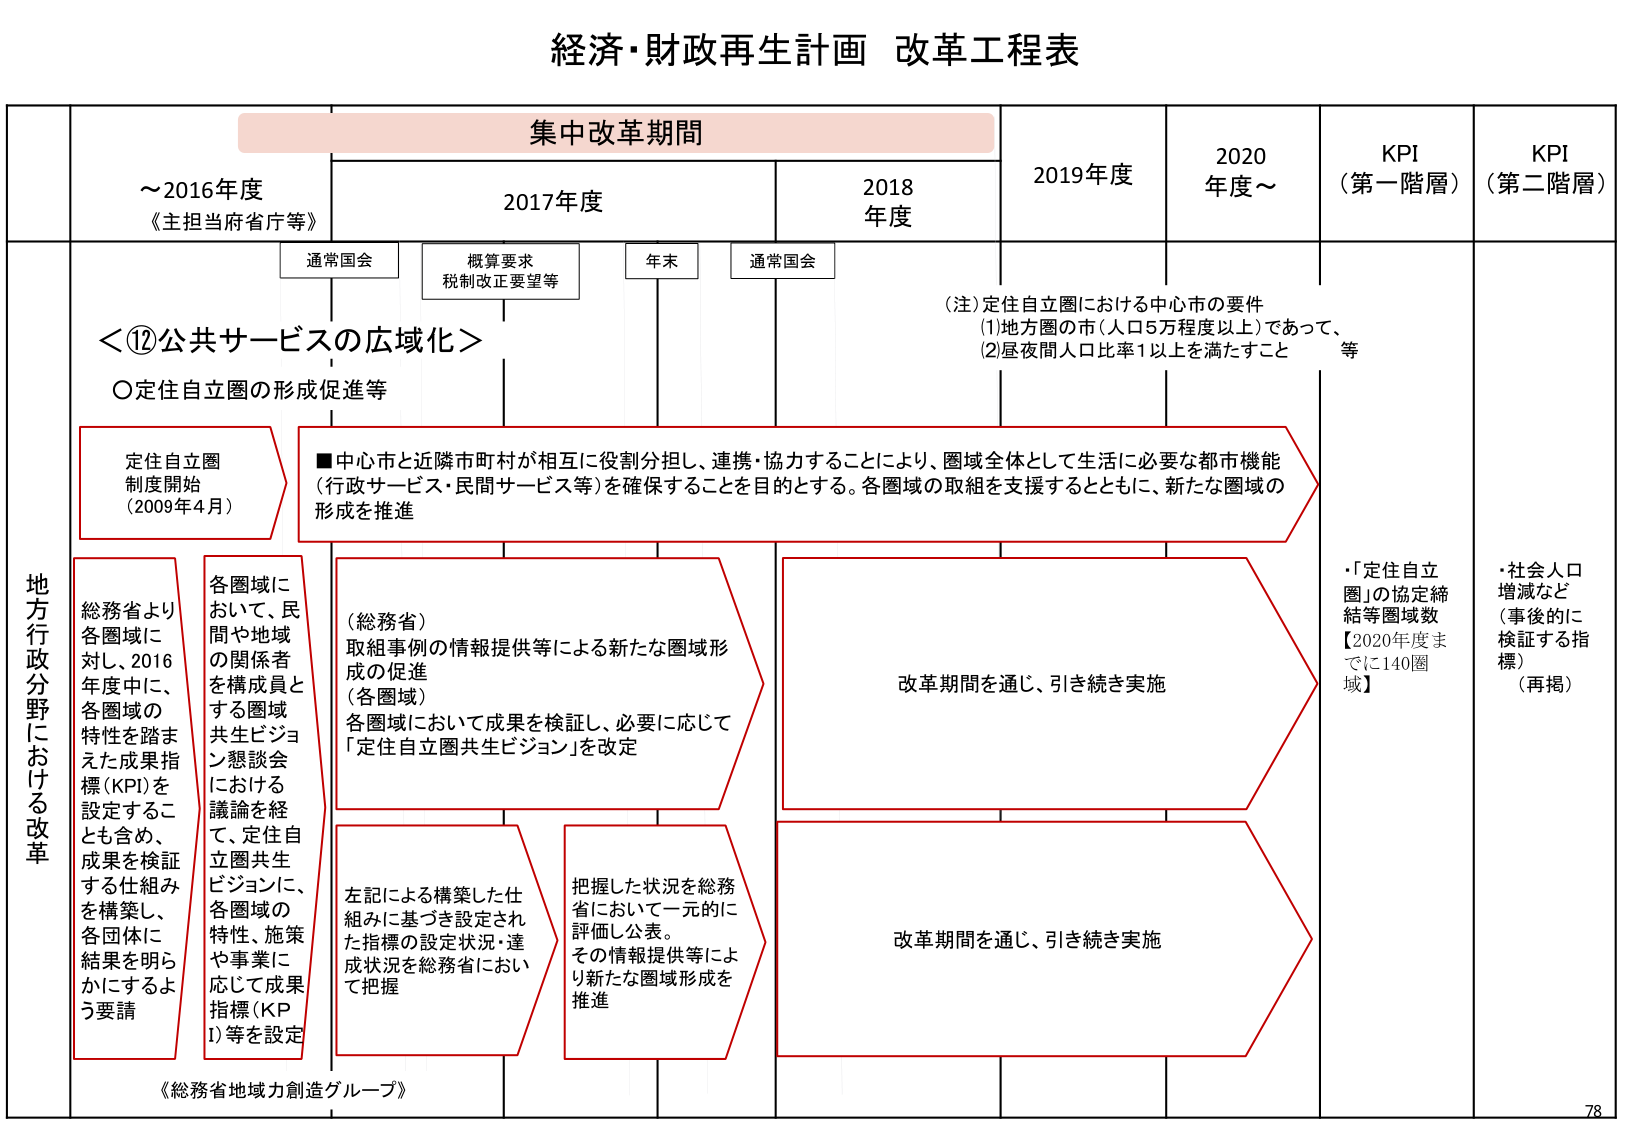
経済・財政再生計画 改革工程表

集中改革期間

～2016年度
《主担当府省庁等》

2017年度

2018年度

2019年度

2020年度～

KPI
（第一階層）

KPI
（第二階層）

通常国会

概算要求
税制改正要望等

年末

通常国会

（注）定住自立圏における中心市の要件
(1)地方圏の市（人口5万程度以上）であって、
(2)昼夜間人口比率1以上を満たすこと
等

＜⑫公共サービスの広域化＞

○定住自立圏の形成促進等

定住自立圏
制度開始
（2009年4月）

■中心市と近隣市町村が相互に役割分担し、連携・協力することにより、圏域全体として生活に必要な都市機能（行政サービス・民間サービス等）を確保することを目的とする。各圏域の取組を支援するとともに、新たな圏域の形成を推進

地方行政分野における改革

総務省より各圏域に対し、2016年度中に、各圏域の特性を踏まえた成果指標（KPI）を設定することも含め、成果を検証する仕組みを構築し、各団体に結果を明らかにするよう要請

各圏域において、民間や地域の関係者を構成員とする圏域共生ビジョン懇談会における議論を経て、定住自立圏共生ビジョンに、各圏域の特性、施策や事業に応じて成果指標（KPI）等を設定

（総務省）
取組事例の情報提供等による新たな圏域形成の促進
（各圏域）
各圏域において成果を検証し、必要に応じて「定住自立圏共生ビジョン」を改定

左記による構築した仕組みに基づき設定された指標の設定状況・達成状況を総務省において把握

把握した状況を総務省において一元的に評価し公表。その情報提供等により新たな圏域形成を推進

改革期間を通じ、引き続き実施

改革期間を通じ、引き続き実施

・「定住自立圏」の協定締結等圏域数
【2020年度までに140圏域】

・社会人口増減など（事後的に検証する指標）（再掲）

《総務省地域力創造グループ》

78